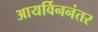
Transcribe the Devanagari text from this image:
आयर्विननंतर